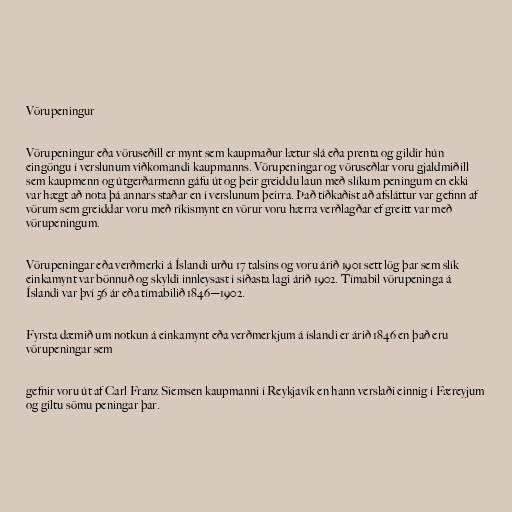
Vörupeningur

Vörupeningur eða vöruseðill er mynt sem kaupmaður lætur slá eða prenta og gildir hún
eingöngu í verslunum viðkomandi kaupmanns. Vörupeningar og vöruseðlar voru gjaldmiðill
sem kaupmenn og útgerðarmenn gáfu út og þeir greiddu laun með slíkum peningum en ekki
var hægt að nota þá annars staðar en í verslunum þeirra. Það tíðkaðist að afsláttur var gefinn af
vörum sem greiddar voru með ríkismynt en vörur voru hærra verðlagðar ef greitt var með
vörupeningum.

Vörupeningar eða verðmerki á Íslandi urðu 17 talsins og voru árið 1901 sett lög þar sem slík
einkamynt var bönnuð og skyldi innleysast í síðasta lagi árið 1902. Tímabil vörupeninga á
Íslandi var því 56 ár eða tímabilið 1846—1902.

Fyrsta dæmið um notkun á einkamynt eða verðmerkjum á íslandi er árið 1846 en það eru
vörupeningar sem

gefnir voru út af Carl Franz Siemsen kaupmanni í Reykjavík en hann verslaði einnig í Færeyjum
og giltu sömu peningar þar.